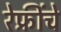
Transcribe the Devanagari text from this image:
रेफ्रींचे